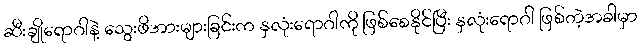
ဆီးချိုရောဂါနဲ့ သွေးဖိအားများခြင်းက နှလုံးရောဂါကို ဖြစ်စေနိုင်ပြီး နှလုံးရောဂါ ဖြစ်တဲ့အခါမှာ